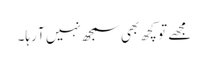
مجھے تو کچھ بھی سمجھ نہیں آ رہا۔